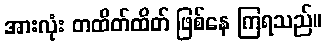
အားလုံး တထိတ်ထိတ် ဖြစ်နေ ကြရသည်။